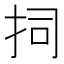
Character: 𭠟